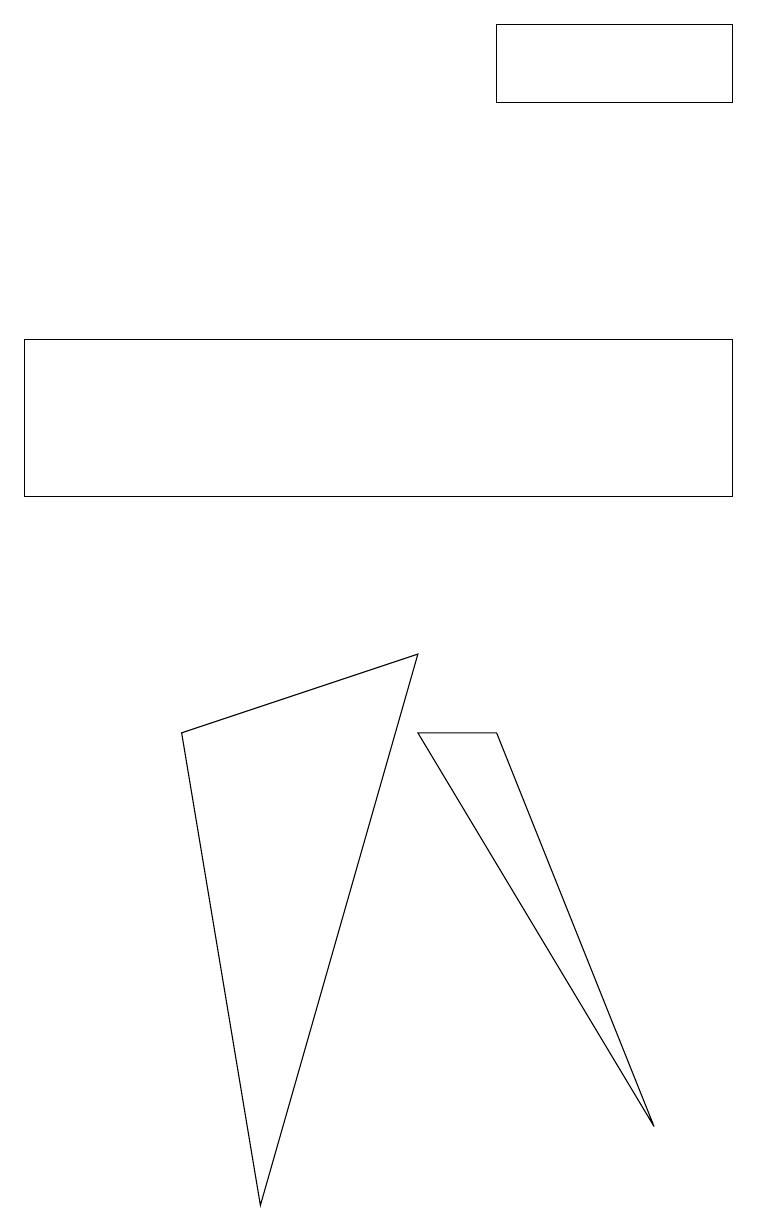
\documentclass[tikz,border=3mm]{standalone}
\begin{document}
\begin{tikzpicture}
\draw (9,10) rectangle (0,12);
\draw (5,7) -- (6,7) -- (8,2) -- cycle;
\draw (9,15) rectangle (6,16);
\draw (5,8) -- (2,7) -- (3,1) -- cycle;
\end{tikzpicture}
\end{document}